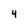
Character: 4